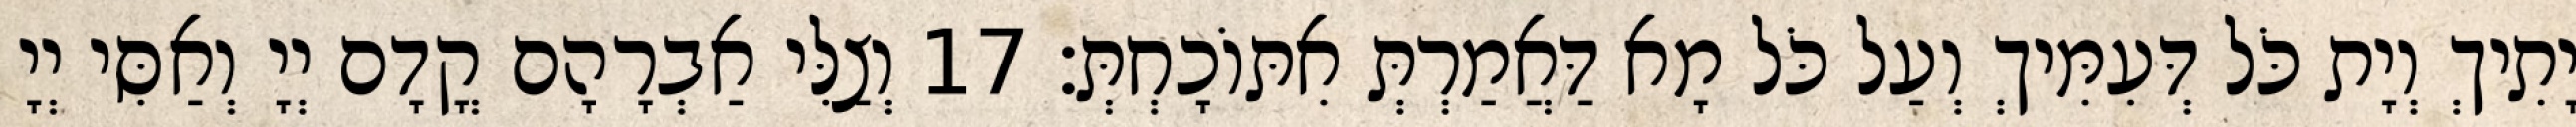
יָתִיךְ וְיָת כֹּל דְּעִמִּיךְ וְעַל כֹּל מָא דַּאֲמַרְתְּ אִתּוֹכָחְתְּ׃ 17 וְצַלִּי אַבְרָהָם קֳדָם יְיָ וְאַסִּי יְיָ